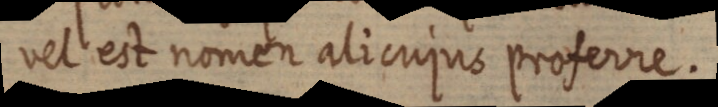
vel est nomen alicujus proferre.